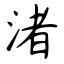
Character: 渚